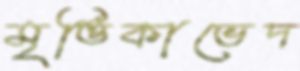
মৃত্তিকাভেদ